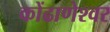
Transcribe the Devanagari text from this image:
कोंढाणेश्वर